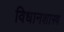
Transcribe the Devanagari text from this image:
विधानशास्त्र